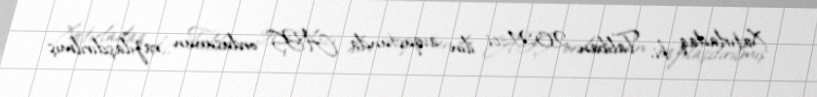
Xatırladaq ki, Taliban 2021-ci ilin avqustunda ABŞ ordusunun razılaşdırılmış